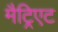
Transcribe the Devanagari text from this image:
मैट्रिएट